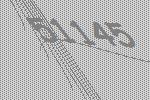
51145